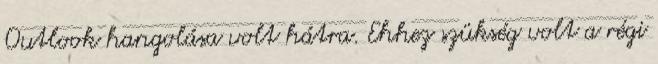
Outlook hangolása volt hátra. Ehhez szükség volt a régi